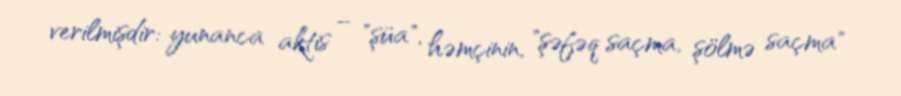
verilmişdir: yunanca aktis – "şüa", həmçinin, "şəfəq saçma, şölmə saçma"